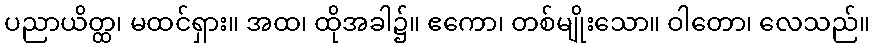
ပညာယိတ္ထ၊ မထင်ရှား။ အထ၊ ထိုအခါ၌။ ဧကော၊ တစ်မျိုးသော။ ဝါတော၊ လေသည်။